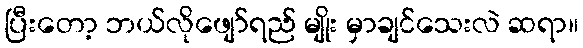
ပြီးတော့ ဘယ်လိုဖျော်ရည် မျိုး မှာချင်သေးလဲ ဆရာ။